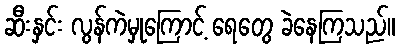
ဆီးနှင်း လွန်ကဲမှုကြောင့် ရေတွေ ခဲနေကြသည်။